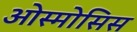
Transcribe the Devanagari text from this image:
ओस्मोसिस